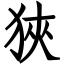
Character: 狹